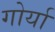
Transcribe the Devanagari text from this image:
गोर्या